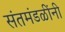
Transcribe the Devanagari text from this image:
संतमंडळींनी